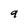
Character: q